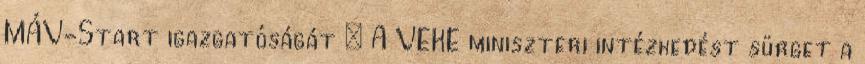
MÁV-Start igazgatóságát ¤ A VEKE miniszteri intézkedést sürget a